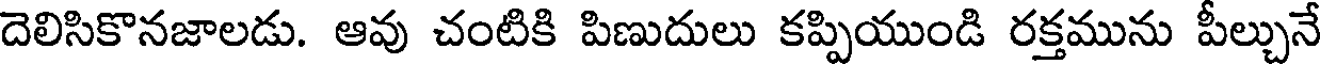
దెలిసికొనజాలడు. ఆవు చంటికి పిణుదులు కప్పియుండి రక్తమును పీల్చునే